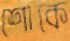
শোকে